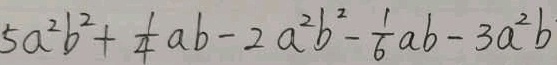
5 a ^ { 2 } b ^ { 2 } + \frac { 1 } { 4 } a b - 2 a ^ { 2 } b ^ { 2 } - \frac { 1 } { 6 } a b - 3 a ^ { 2 } b